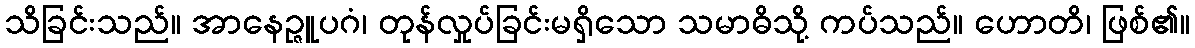
သိခြင်းသည်။ အာနေဉ္ဇူပဂံ၊ တုန်လှုပ်ခြင်းမရှိသော သမာဓိသို့ ကပ်သည်။ ဟောတိ၊ ဖြစ်၏။